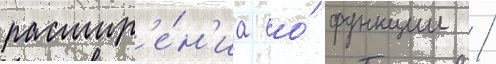
расшир'е́н'иа ео́ функции /